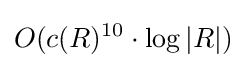
O(c(R)^{10}\cdot \log |R|)